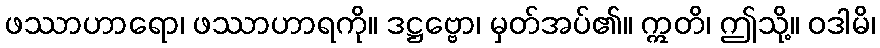
ဖဿာဟာရော၊ ဖဿာဟာရကို။ ဒဋ္ဌဗ္ဗော၊ မှတ်အပ်၏။ ဣတိ၊ ဤသို့။ ဝဒါမိ၊